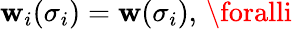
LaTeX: \mathbf{w}_{i}(\sigma_{i})=\mathbf{w}(\sigma_{i}),\, \foralli